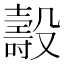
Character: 𣫐